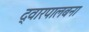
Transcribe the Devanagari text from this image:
द्वारपालबना